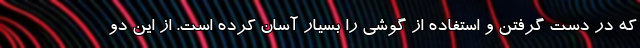
که در دست گرفتن و استفاده از گوشی را بسیار آسان کرده است. از این دو